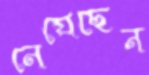
নেয়েছেন